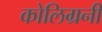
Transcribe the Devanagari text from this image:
कोलिग्रनी